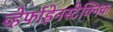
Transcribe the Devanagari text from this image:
व्हेर्फाह्रेनस्टेक्निक